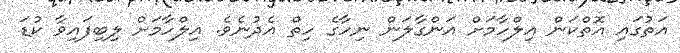
އަތުގައި އޮތްކަން އިލްހާމަށް އަންގާލަން ނިހާގެ ހިތް އެދުނެވެ. އިލްހާމަށް ލިބިފައިވާ ކުޑަ